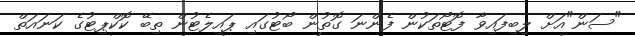
"ސަން"އަށް ލިބިފައިވާ ފޮޓޯތަކުން ފެންނަ ގޮތުން ބޯޓުގައި ޕައިލެޓުން ތިބޭ ކޮކްޕިޓުގެ ކަނައަތް